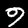
Label: 9